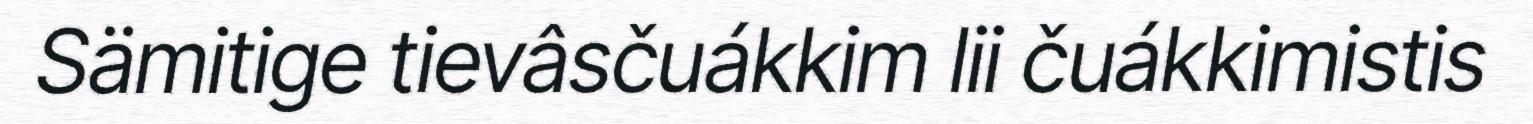
Sämitige tievâsčuákkim lii čuákkimistis